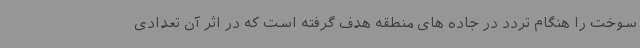
سوخت را هنگام تردد در جاده های منطقه هدف گرفته است که در اثر آن تعدادی